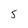
Character: 5